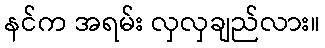
နင်က အရမ်း လှလှချည်လား။